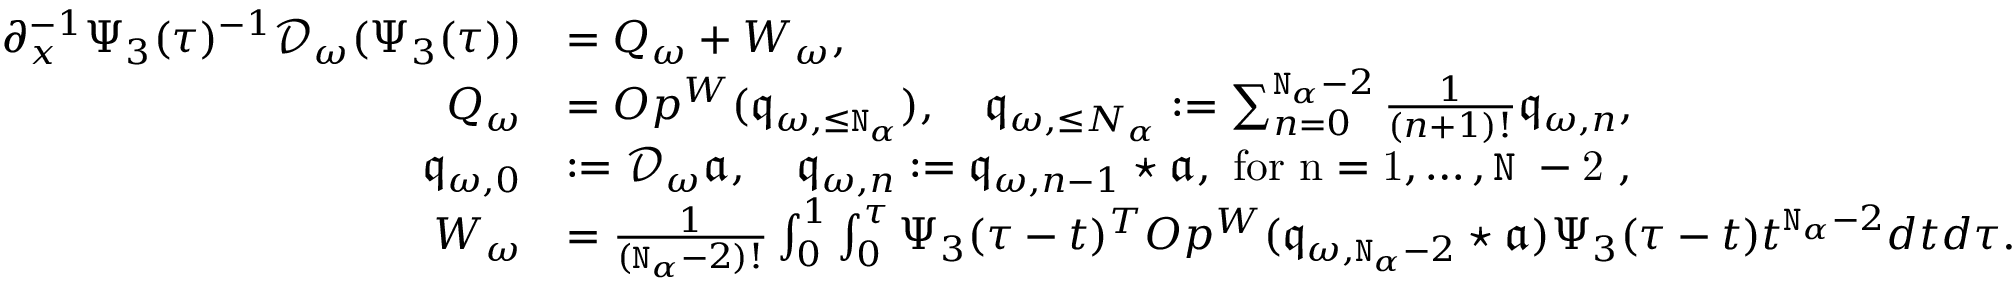
\begin{array} { r l } { \partial _ { x } ^ { - 1 } \Psi _ { 3 } ( \tau ) ^ { - 1 } \mathcal { D } _ { \omega } ( \Psi _ { 3 } ( \tau ) ) } & { = Q _ { \omega } + W _ { \omega } , } \\ { Q _ { \omega } } & { = O p ^ { W } ( \mathfrak { q } _ { \omega , \le \mathtt { N } _ { \alpha } } ) , \quad \mathfrak { q } _ { \omega , \le N _ { \alpha } } : = \sum _ { n = 0 } ^ { \mathtt { N } _ { \alpha } - 2 } \frac { 1 } { ( n + 1 ) ! } \mathfrak { q } _ { \omega , n } , } \\ { \mathfrak { q } _ { \omega , 0 } } & { : = \mathcal { D } _ { \omega } \mathfrak { a } , \quad \mathfrak { q } _ { \omega , n } : = \mathfrak { q } _ { \omega , n - 1 } \star \mathfrak { a } , \mathrm { ~ f o r ~ n = 1 , \ldots , \mathtt { N } _ \alpha - 2 ~ } , } \\ { W _ { \omega } } & { = \frac { 1 } { ( \mathtt { N } _ { \alpha } - 2 ) ! } \int _ { 0 } ^ { 1 } \int _ { 0 } ^ { \tau } \Psi _ { 3 } ( \tau - t ) ^ { T } O p ^ { W } ( \mathfrak { q } _ { \omega , \mathtt { N } _ { \alpha } - 2 } \star \mathfrak { a } ) \Psi _ { 3 } ( \tau - t ) t ^ { \mathtt { N } _ { \alpha } - 2 } d t d \tau . } \end{array}